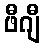
ဖီဂျီ